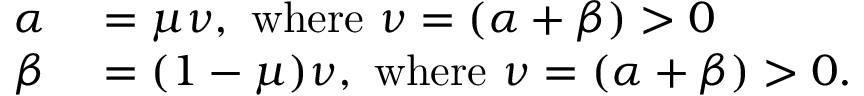
\begin{array} { r l } { \alpha } & { { } = \mu \nu , { \mathrm { ~ w h e r e ~ } } \nu = ( \alpha + \beta ) > 0 } \\ { \beta } & { { } = ( 1 - \mu ) \nu , { \mathrm { ~ w h e r e ~ } } \nu = ( \alpha + \beta ) > 0 . } \end{array}